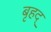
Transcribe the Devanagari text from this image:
बृहद्‌